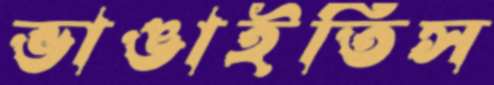
ভাঙাইতিস